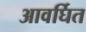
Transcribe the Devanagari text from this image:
आवर्घित